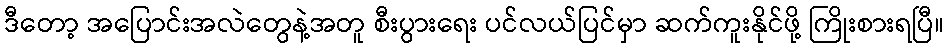
ဒီတော့ အပြောင်းအလဲတွေနဲ့အတူ စီးပွားရေး ပင်လယ်ပြင်မှာ ဆက်ကူးနိုင်ဖို့ ကြိုးစားရပြီ။